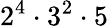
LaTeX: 2^{4}\cdot 3^{2}\cdot 5